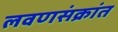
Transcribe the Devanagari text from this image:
लवणसंक्रांत